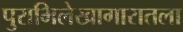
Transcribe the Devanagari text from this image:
पुराभिलेखागारातला